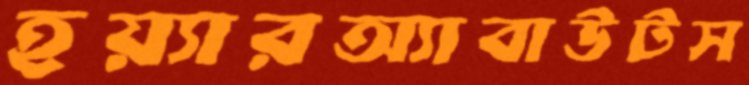
হয়্যারঅ্যাবাউটস